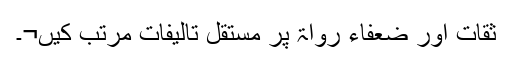
ثقات اور ضعفاء رواۃ پر مستقل تالیفات مرتب کیں¬۔